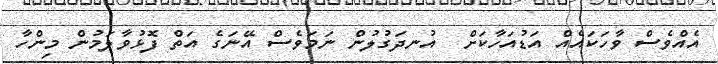
އެއްވެސް ވާހަކައެއް އަޑުއަހާކަށް  އުނދަގުލުން ނަމަވެސް އޭނަގެ އަތް ފޮޅުވާލަމުން މިންހާ